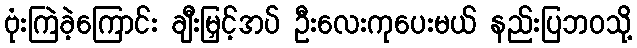
ဗုံးကြဲခဲ့ကြောင်း ချီးမြှင့်အပ် ဦးလေးကုပေးမယ် နည်းပြဘဝသို့